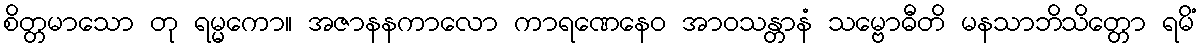
စိတ္တမာသော တု ရမ္မကော။ အဇာနနကာလော ကာရဏေနေဝ အာဝသန္တာနံ သမ္ဗောဓီတိ မနသာဘိသိတ္တော ရမိံ